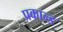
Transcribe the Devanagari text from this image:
प्रकान्ड